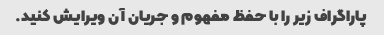
پاراگراف زیر را با حفظ مفهوم و جریان آن ویرایش کنید.